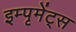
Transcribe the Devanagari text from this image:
इम्पृमेंट्स